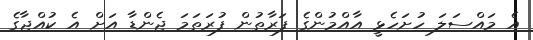
އެ މައްސަލަ ހުށަހެޅީ އާއްމުންގެ ފަރާތުން ފުރަތަމަ ޖެންޑާ އަށް އެ ކުއްޖާގެ